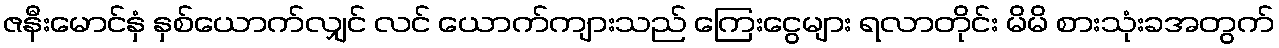
ဇနီးမောင်နှံ နှစ်ယောက်လျှင် လင် ယောက်ကျားသည် ကြေးငွေများ ရလာတိုင်း မိမိ စားသုံးခအတွက်